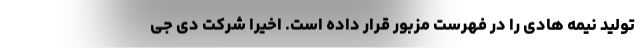
تولید نیمه هادی را در فهرست مزبور قرار داده است. اخیرا شرکت دی جی